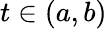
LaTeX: t\in(a,b)